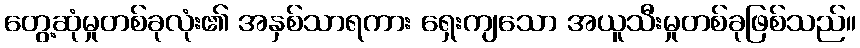
တွေ့ဆုံမှုတစ်ခုလုံး၏ အနှစ်သာရကား ရှေးကျသော အယူသီးမှုတစ်ခုဖြစ်သည်။